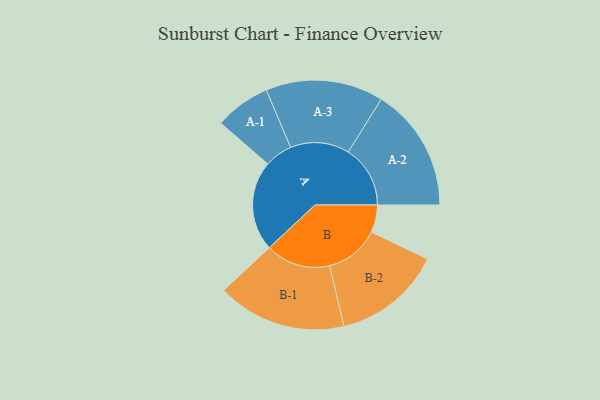
{"axis": {"x": "Segment", "y": "Value"}, "legend": ["", "A", "B"], "data": [{"x": "A", "y": 403, "type": ""}, {"x": "B", "y": 123, "type": ""}, {"x": "A-1", "y": 125, "type": "A"}, {"x": "A-2", "y": 278, "type": "A"}, {"x": "A-3", "y": 264, "type": "A"}, {"x": "B-1", "y": 290, "type": "B"}, {"x": "B-2", "y": 244, "type": "B"}]}